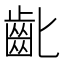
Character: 齔